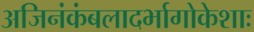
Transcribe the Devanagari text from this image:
अजिनंकंबलादर्भागोकेशाः